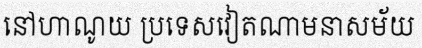
នៅហាណូយ ប្រទេសវៀតណាមនាសម័យ